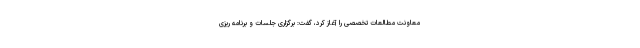
معاونت مطالعات تخصصی را آغاز کرد، گفت: برگزاری جلسات و برنامه ریزی